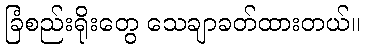
ခြံစည်းရိုးတွေ သေချာခတ်ထားတယ်။